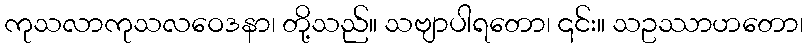
ကုသလာကုသလဝေဒနာ၊ တို့သည်။ သဗျာပါရတော၊ ၎င်း။ သဥဿာဟတော၊